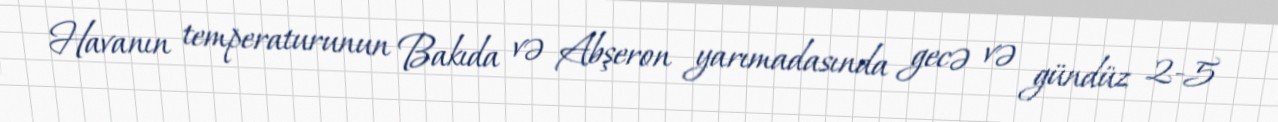
Havanın temperaturunun Bakıda və Abşeron yarımadasında gecə və gündüz 2-5